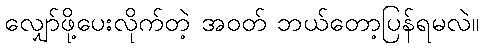
လျှော်ဖို့ပေးလိုက်တဲ့ အဝတ် ဘယ်တော့ပြန်ရမလဲ။